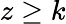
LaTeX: z\geq k